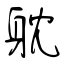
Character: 躭